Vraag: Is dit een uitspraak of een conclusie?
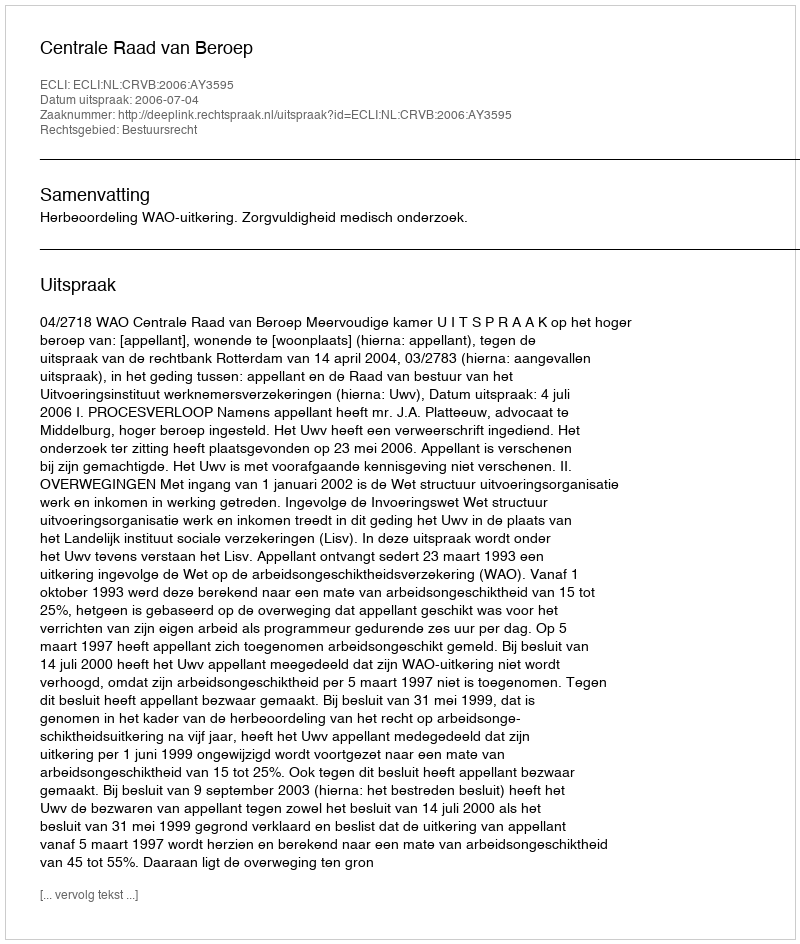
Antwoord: Uitspraak